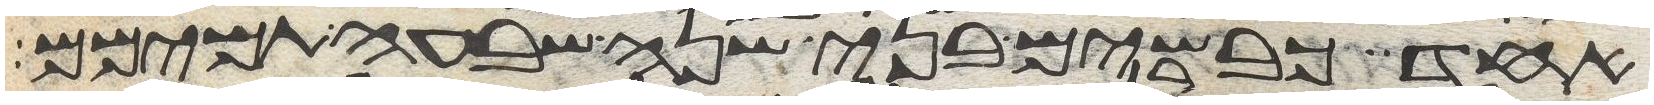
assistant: אחד כבשים בני שנה שבעה תמימם